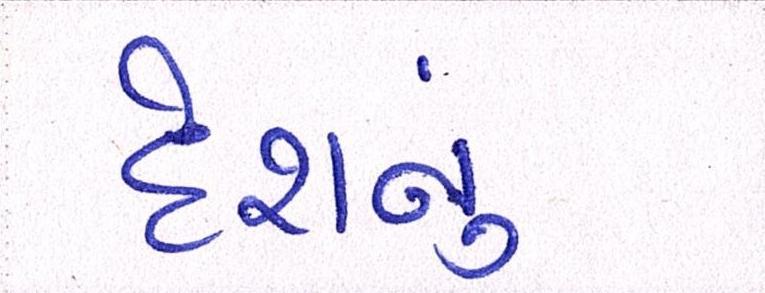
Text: દેશનું